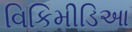
વિકિમીડિઆ